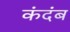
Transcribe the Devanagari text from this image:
कंदंब